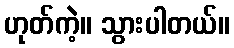
ဟုတ်ကဲ့။ သွားပါတယ်။